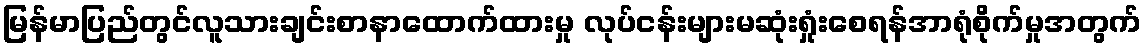
မြန်မာပြည်တွင်လူသားချင်းစာနာထောက်ထားမှု လုပ်ငန်းများမဆုံးရှုံးစေရန်အာရုံစိုက်မှုအတွက်